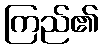
ကြည်၏